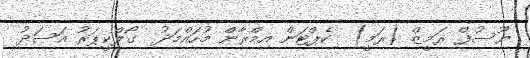
ޔޫސުފް ރަމީޒް (ރަމީ)  ކެޕްޓަން އިމްރާންް މުހައްމަދު  ގޯލްކީޕަރު އަސަދު